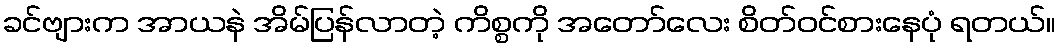
ခင်ဗျားက အာယနဲ အိမ်ပြန်လာတဲ့ ကိစ္စကို အတော်လေး စိတ်ဝင်စားနေပုံ ရတယ်။